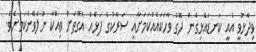
ވިދާޅުވީ އެއީ ކަނޑައެޅިގެން ދޮގު ވާހަކައެއްކަމަށާއި ސަރާކުގެ ފަޅެއް އެގޮތަށް ވިއްކާ ނުލެވޭނެކަމަށެވެ.